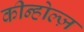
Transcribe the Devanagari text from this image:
कीन्होल्ज़